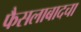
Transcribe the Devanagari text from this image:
फैसलाबादचा